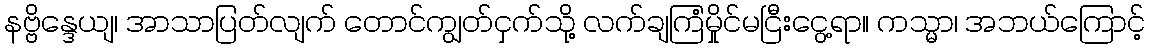
နဗ္ဗိန္ဒေယျ၊ အာသာပြတ်လျက် တောင်ကျွတ်ငှက်သို့ လက်ချကြံမှိုင်မငြီးငွေ့ရာ။ ကသ္မာ၊ အဘယ်ကြောင့်